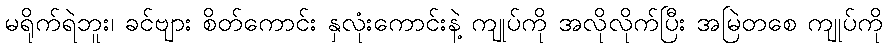
မရိုက်ရဲဘူး၊ ခင်ဗျား စိတ်ကောင်း နှလုံးကောင်းနဲ့ ကျုပ်ကို အလိုလိုက်ပြီး အမြဲတစေ ကျုပ်ကို